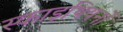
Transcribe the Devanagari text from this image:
स्काइथियनों